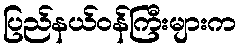
ပြည်နယ်ဝန်ကြီးများက